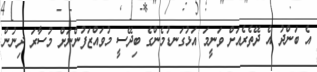
އެ ބަންދު އެ ދޭތެރެއަށް ވަނީމަ އަޅުގަނޑުމެންގެ ބިދޭސީ މުވައްޒަފުންނަށް މުސާރަ ދިނުން